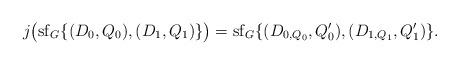
LaTeX: \begin{align*}j\big(\mathrm{sf}_G\{(D_0, Q_0), (D_1, Q_1)\}\big)=\mathrm{sf}_G\{(D_{0,Q_0}, Q_0'), (D_{1,Q_1}, Q_1')\}.\end{align*}